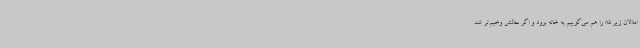
اماالان زیر 85 را هم می‌گوییم به خانه برود و اگر حالش وخیم‌تر شد